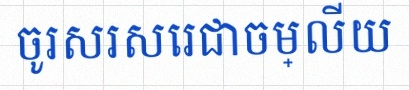
ចូរសរសេរជាចម្លើយ